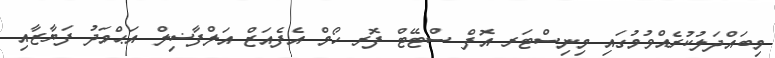
މިބައްދަލުކުރެއްވުމުގައި މިނިސްޓަރ އޮފް ސްޓޭޓް ފޮރ ހޯމް އެފެއަޒް އަލްފާޟިލް އަޙްމަދު ފަޔާޒާއި